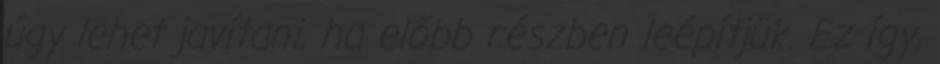
úgy lehet javítani, ha előbb részben leépítjük. Ez így,